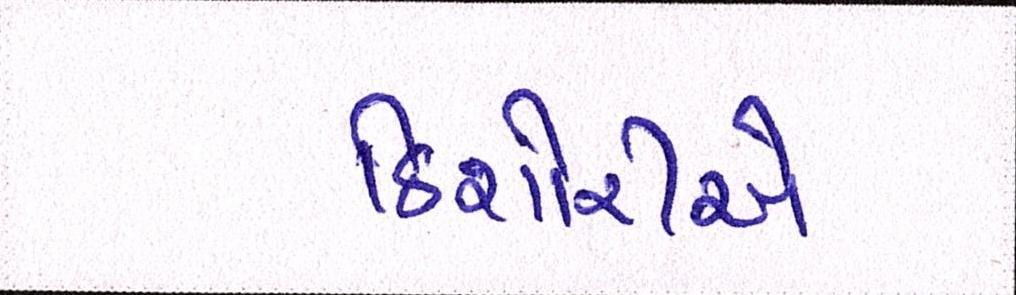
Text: કિશોરીએ